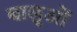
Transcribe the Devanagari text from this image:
बालुओं